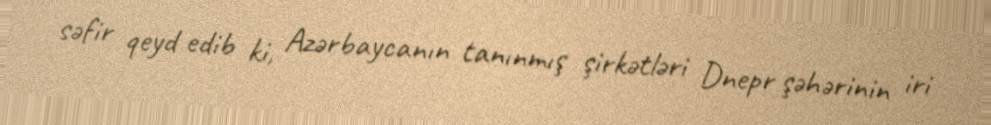
səfir qeyd edib ki, Azərbaycanın tanınmış şirkətləri Dnepr şəhərinin iri